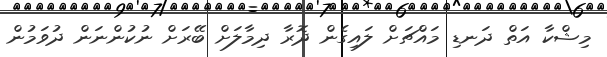
މިޝްކާ އަތް ދަނޑި މައްޗަށް ލައިގެން ދޮރާ ދިމާލަށް ބޭރަށް ނުކުންނަން ދުވަމުން